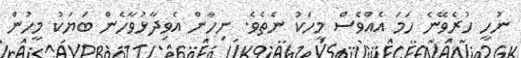
ނުހީ ހުރެވޭނެ ހަމަ އެއްވެސް މީހަކު ނެތެވެ. ނިހާން އެވިދާޅުވާހެން ބަޔަކު މީހުން